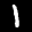
Label: 1